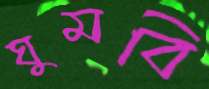
ঘুমবি